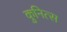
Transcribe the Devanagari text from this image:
कुनित्स